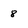
Character: 8